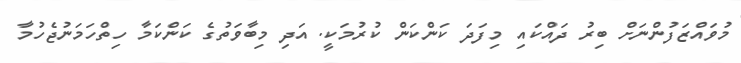
މުވައްޒަފުންނަށް ބިރު ދައްކައި މިފަދަ ކަންކަން ކުުރުމަކީ. އަދި މިބާވަތުގެ ކަންކަމާ ހިތްހަމަނުޖެހުމާ